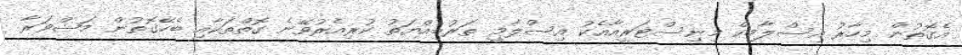
އެގޮތުން މިހާރު އިސްލާމިކް މިނިސްޓަރީއާއެކު އިސްލާމީ ތަރުބިއްޔަތު ކުރިއެރުވޭނެ ގޮތްތަކާއި ބެހޭގޮތުން މަޝްވަރާ